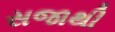
સજાથી